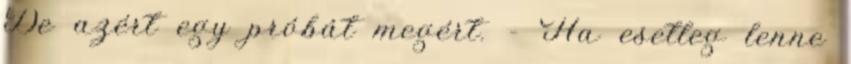
De azért egy próbát megért. - Ha esetleg lenne